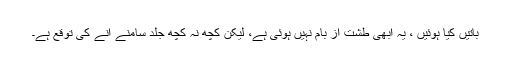
باتیں کیا ہوئیں ، یہ ابھی طشت از بام نہیں ہوئی ہے، لیکن کچھ نہ کچھ جلد سامنے آنے کی توقع ہے۔